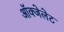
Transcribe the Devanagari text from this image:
ऑक्‍जेलेट